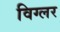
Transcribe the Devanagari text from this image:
विग्लर